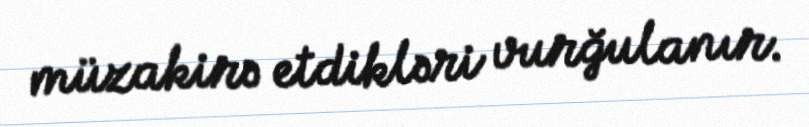
müzakirə etdikləri vurğulanır.